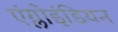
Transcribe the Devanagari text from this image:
एंग्लोइंडियन